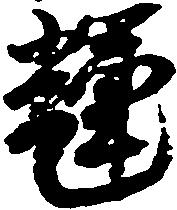
輝